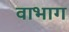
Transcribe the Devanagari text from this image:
वाभाग